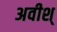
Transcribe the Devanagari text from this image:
अवीश्